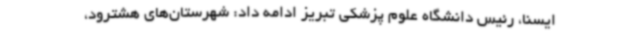
ایسنا، رئیس دانشگاه علوم پزشکی تبریز ادامه داد: شهرستان‌های هشترود،